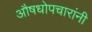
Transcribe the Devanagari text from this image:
औषधोपचारांनी